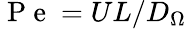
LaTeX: \mathrm{~P~e~}=UL/D_{\Omega}